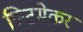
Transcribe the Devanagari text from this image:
प्रिन्टमेकर